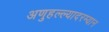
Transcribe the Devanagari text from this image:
अणुहल्ल्यादरम्यान